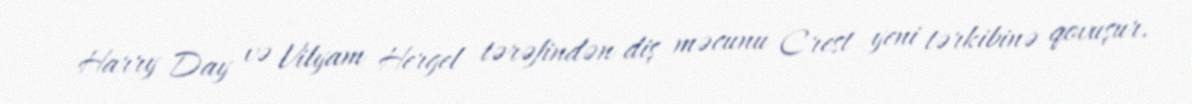
Harry Day və Vilyam Hergel tərəfindən diş məcunu Crest yeni tərkibinə qovuşur.